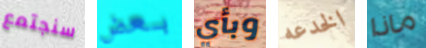
سنجتمع بعض وبأي الخدعه ماذا